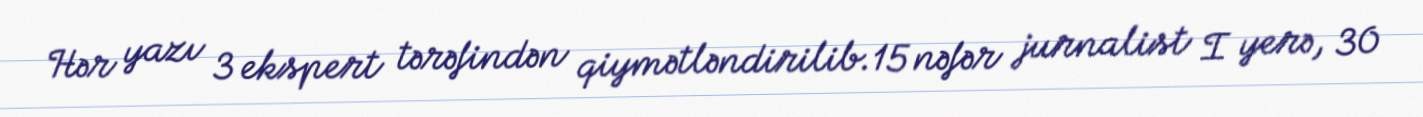
Hər yazı 3 ekspert tərəfindən qiymətləndirilib.15 nəfər jurnalist I yerə, 30